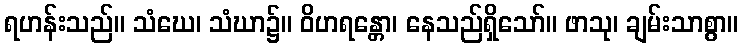
ရဟန်းသည်။ သံဃေ၊ သံဃာ၌။ ဝိဟရန္တော၊ နေသည်ရှိသော်။ ဖာသု၊ ချမ်းသာစွာ။